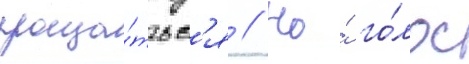
проща́тьс'я // Но́ го́лос